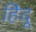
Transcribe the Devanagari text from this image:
हि॓दू